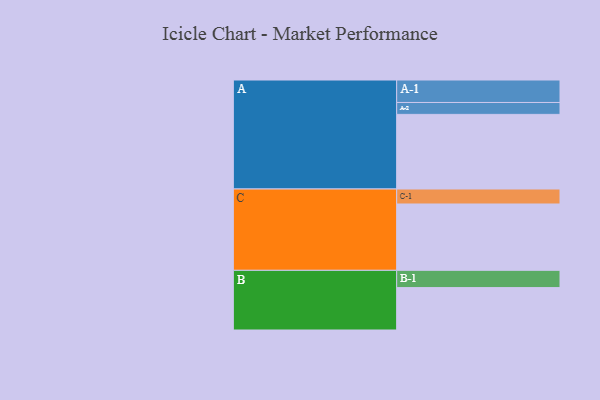
{"axis": {"x": "Segment", "y": "Value"}, "legend": ["", "A", "B", "C"], "data": [{"x": "A", "y": 558, "type": ""}, {"x": "B", "y": 317, "type": ""}, {"x": "C", "y": 496, "type": ""}, {"x": "A-1", "y": 168, "type": "A"}, {"x": "A-2", "y": 89, "type": "A"}, {"x": "B-1", "y": 129, "type": "B"}, {"x": "C-1", "y": 112, "type": "C"}]}